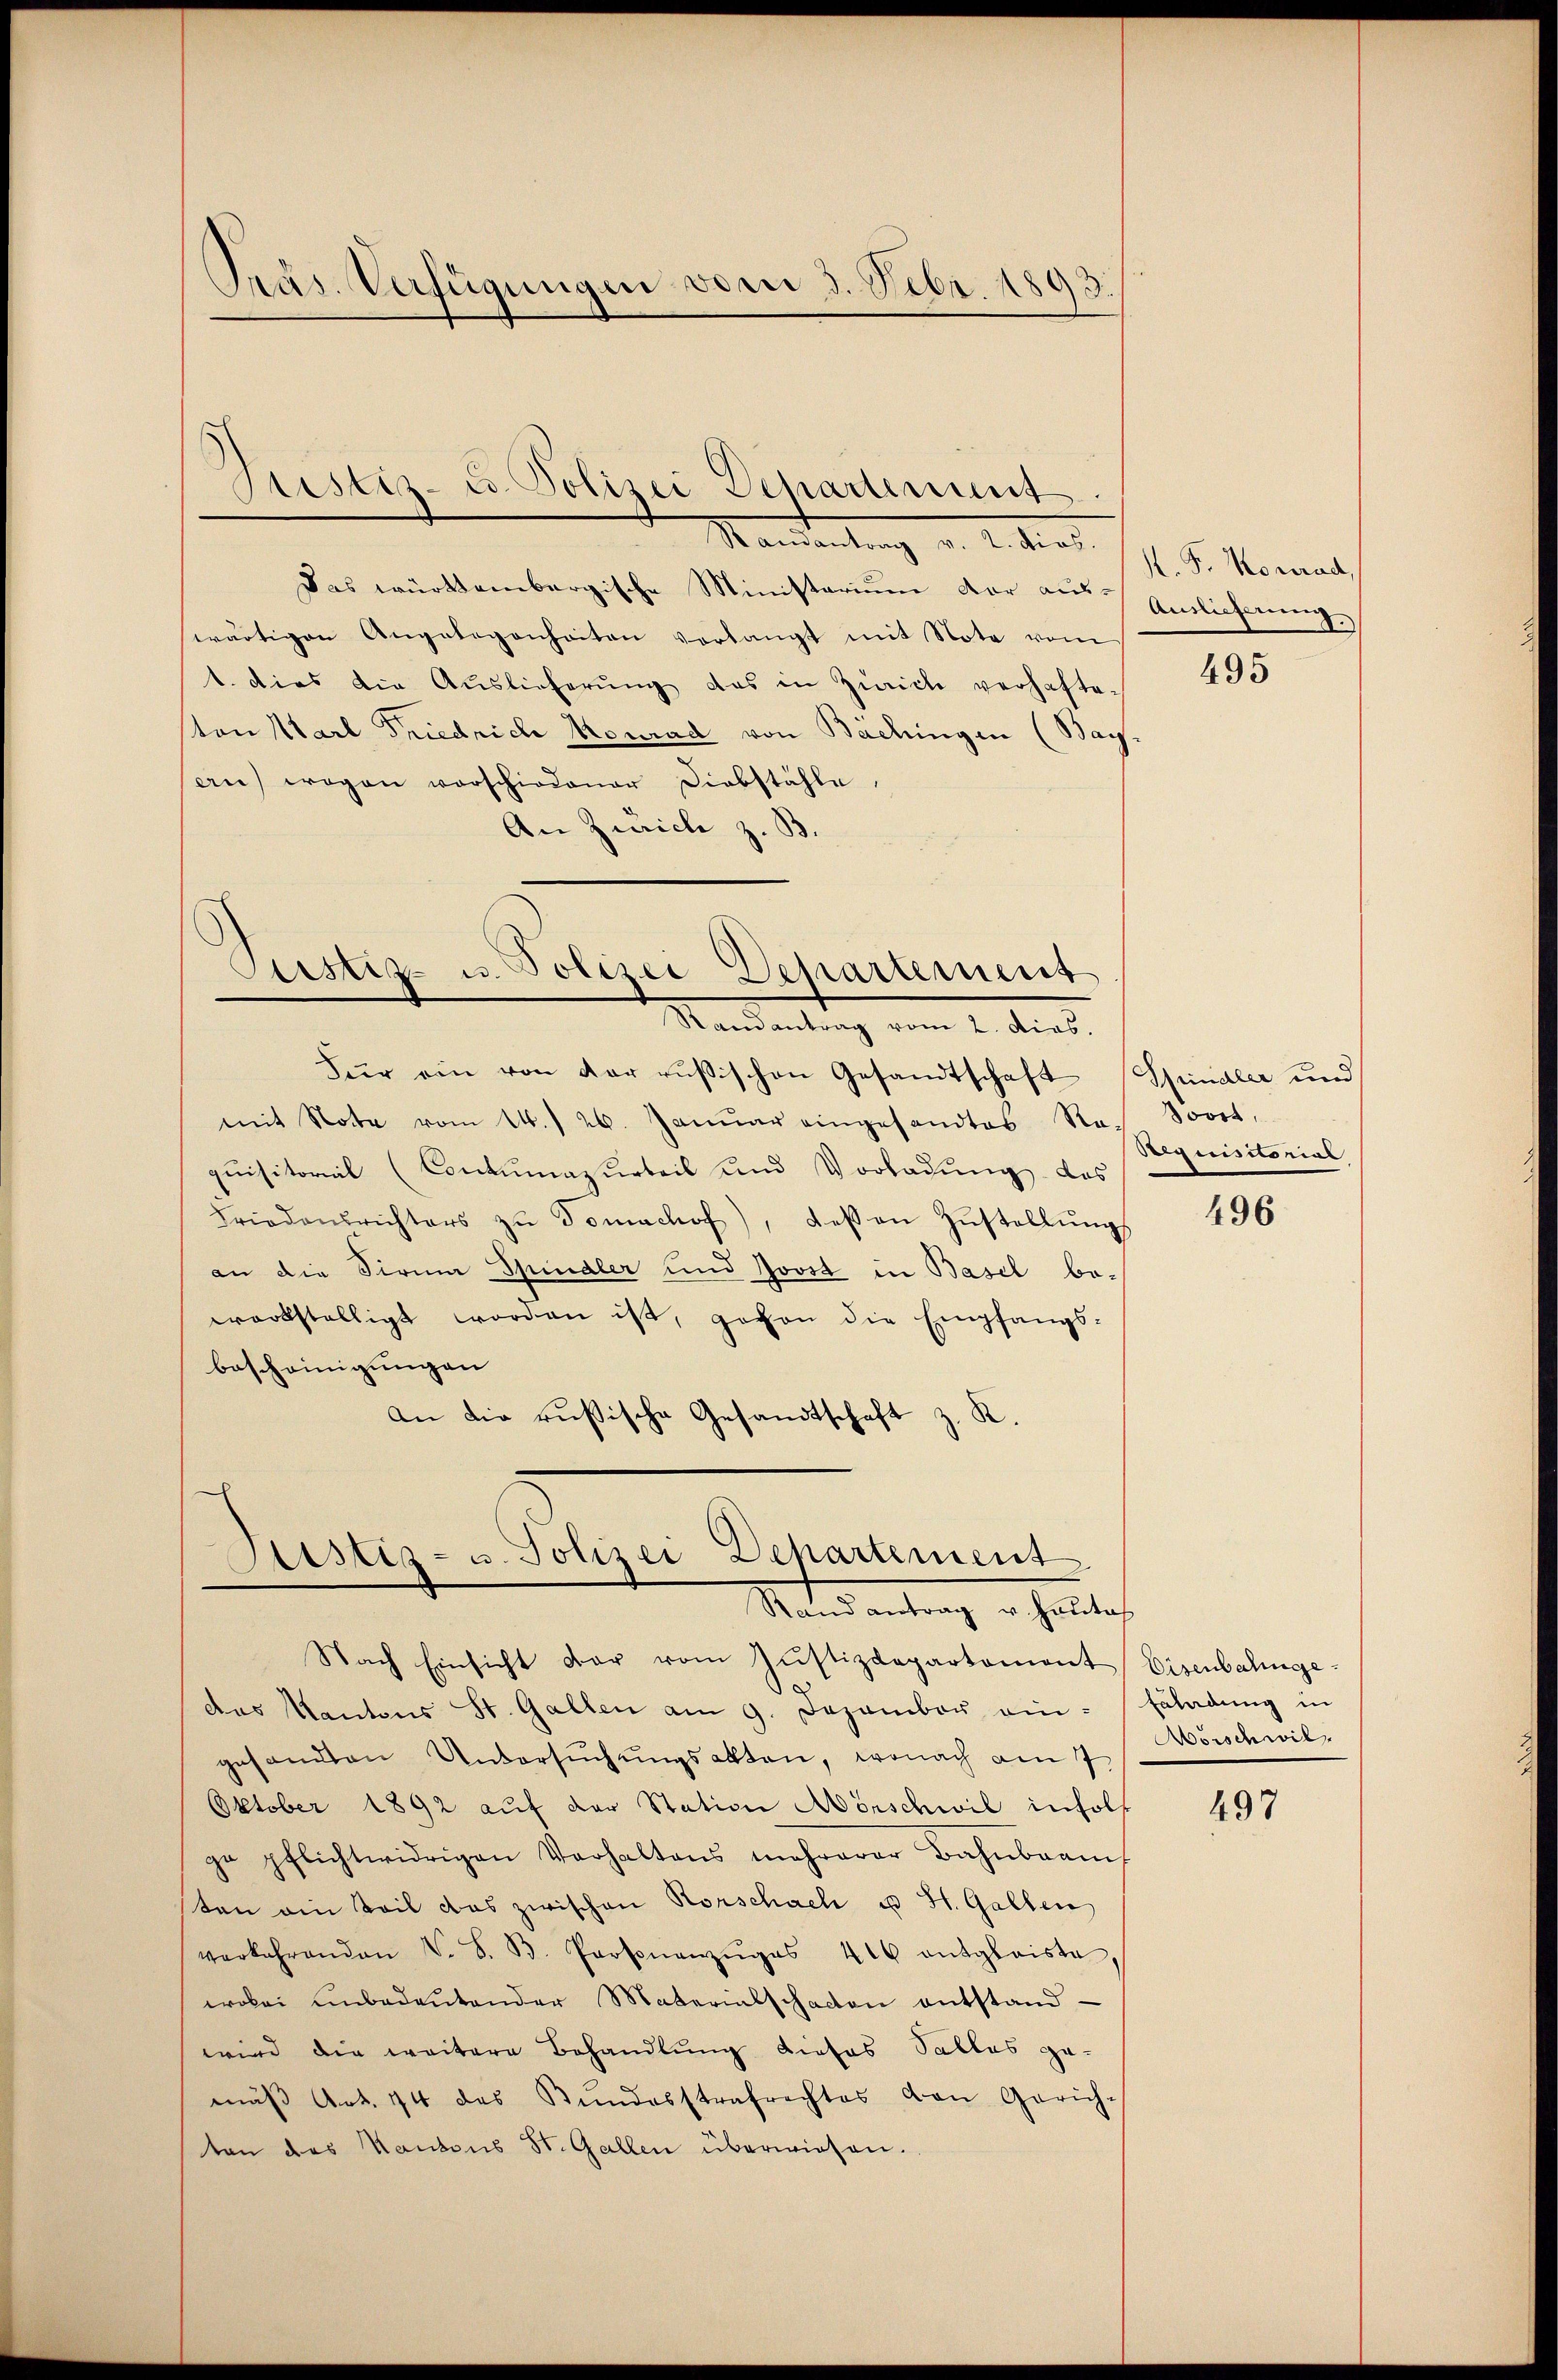
Mammertung v. 2. dies. 1. d. Monat
Das württembergische Ministerium der aus-
wärtigen Angelegenheiten verlangt mit Note vom
1. dies die Auslieferŭng das in Zürich verhafte-
ston Karl Friedrich Monrad von Bachingen (Bay-
ern) wegen vorschiedener Diebstähle,
An Zürich z. B.

Präs. Verfügungen vom 3. Febr. 1893.

Justiz- u. Polizei Departement.

ustiz- u. Polizei Departement
Randantrag vom 2. dies

Für ein von der rŭβischen Gesandtschaft (Spindler und
mit Note vom 14./26. Janŭar eingesandtes Re. Soort.
qŭisitoriil (Contumazurteil und Vorladŭng, das
Friedensrichters zŭ domachof), deßen Zŭstellŭng
an die Sirnm Spindler und Jovst in Basel bewerkstelligt worden ist, gegen die Empfangs-
bescheinigungen
an die russische Gesandtschaft z. K.

Astiz- u. Polizei Departement
Rand antrag u. Hautach

Nach Einsicht dar vom Justizdepartament Eisenbalinge
das Kantons St. Gallen am 9. Dezember ein-Fäladŭng in
gesandten Untersŭchŭngsakten, wonach am 7.
Oktober 1892 aŭf der Station Mörschwil infol
ge pflichtwidrigen Verhaltens mehrerer Bahnbrauch
sten ain Teil das zwischen Rorschach u St. Gallen
verkehrenden V. S. B. Personanzŭges 416 entgleiste,
wobei unbedeŭtender Materialschacten entstandwird die weitere Behandlung dieses Salles ge-
mäβ Art. 44 des Bŭndesstrafrechtes von Gerichten des Kantons St. Gallen überwiesen.

Auslicherung.

495

Requisitorial

496

Aorschwil,

497